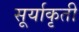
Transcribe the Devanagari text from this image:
सूर्याकृती